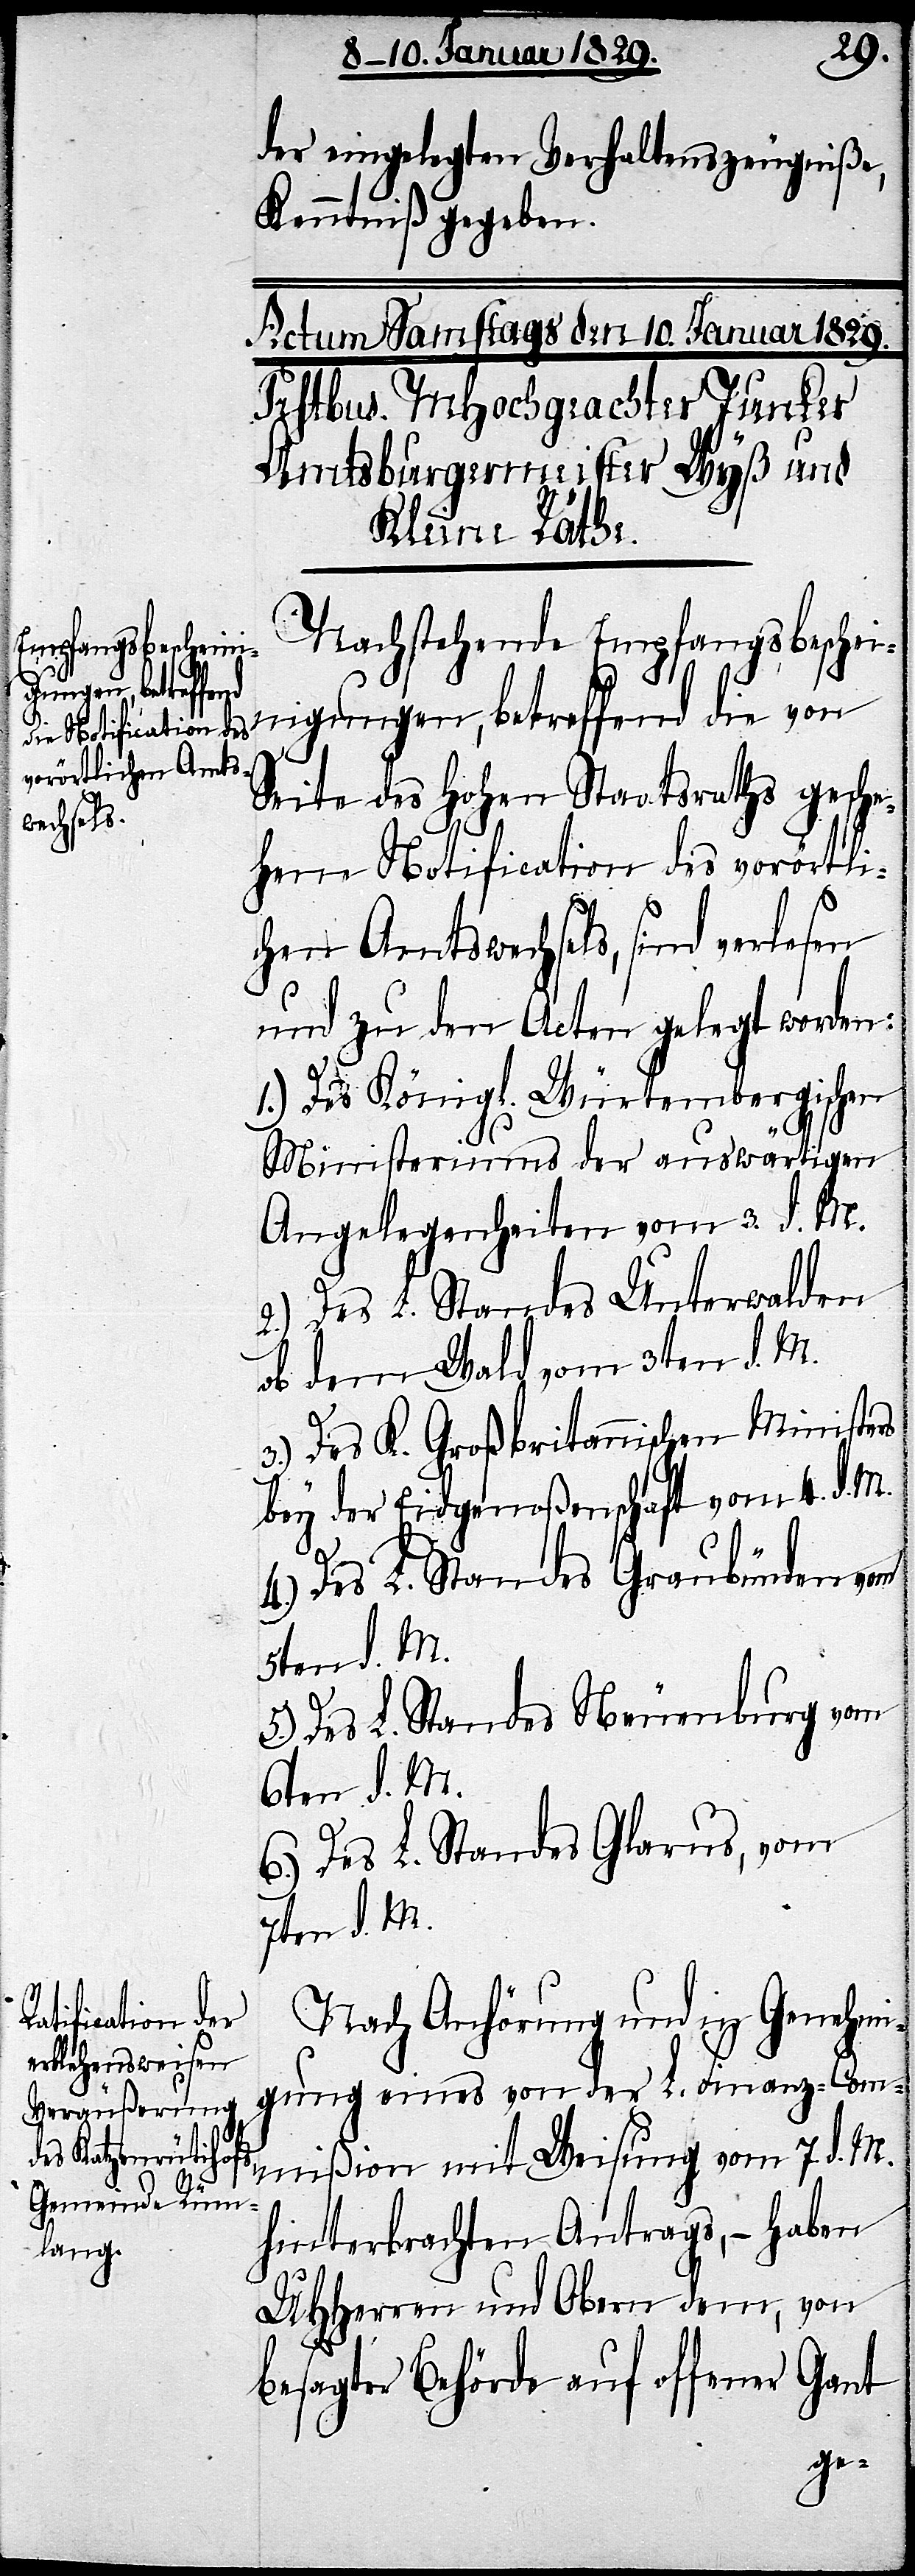
der eingelegten Verhaltenszeugniße,
Kenntniß gegeben.
Nachstehende Empfangsbeschei¬
nigungen, betreffend die von
Seite des Hohen Staatsraths gesche¬
hene Notification des vorörtli¬
chen Amtswechsels, sind verlesen
und zu den Acten gelegt worden:
1.) Des Königl. Würtembergischen
Ministeriums der auswärtigen
Angelegenheiten vom 3. d. M.
2.) Des L. Standes Unterwalden
ob dem Wald vom 3ten d. M.
3.) Des K. Großbritannischen Ministers
bey der Eidgenoßenschaft vom 4. d. M.
4.) Des L. Standes Graubünden vom
5ten d. M.
5.) Des L. Standes Neuenburg vom
6ten d. M.
6.) Des L. Standes Glarus, vom
7ten d. M.
Nach Anhörung und in Genehmi¬
gung eines von der L. Finanz-Com¬
mißion mit Weisung vom 7. d. M.
hinterbrachten Antrags,– haben
UHHerren und Obern dem, von
besagter Behörde auf offener Gant